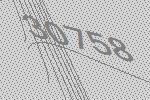
30758